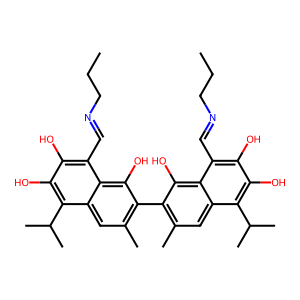
SMILES: CCCN=Cc1c(O)c(O)c(C(C)C)c2cc(C)c(-c3c(C)cc4c(C(C)C)c(O)c(O)c(C=NCCC)c4c3O)c(O)c12
Inhibits HIV replication: No